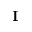
\textbf { I }